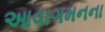
આવાગમનના